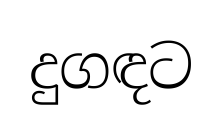
දුගඳට